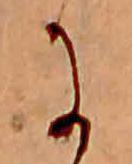
に